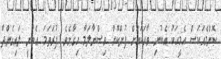
ކޮންމެއަކަސް އެމީހަކު އެބުނި ވާހަކައަށް ފުންކޮށް ވިސްނާލަމާ ހިގާށެވެ. ފުރަތަމަ އެބުނީ ލައިގެންދާ